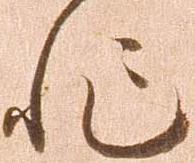
非